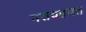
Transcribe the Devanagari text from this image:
मसयहयत